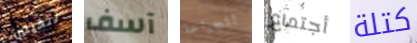
تتخيلين آسف للجراحة أجتماع كتلة